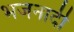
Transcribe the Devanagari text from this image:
भजनादी